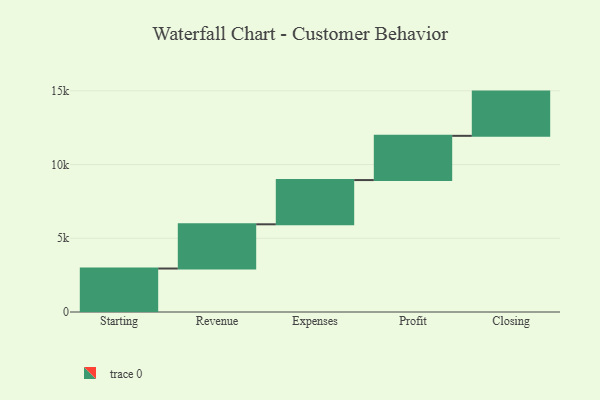
{"axis": {"x": "Step", "y": "Value"}, "legend": [""], "data": [{"x": "Starting", "y": 2948.0, "type": ""}, {"x": "Revenue", "y": 3000, "type": ""}, {"x": "Expenses", "y": 3000, "type": ""}, {"x": "Profit", "y": 3000, "type": ""}, {"x": "Closing", "y": 3000, "type": ""}]}